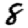
Digit: 8